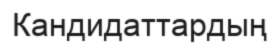
Кандидаттардың